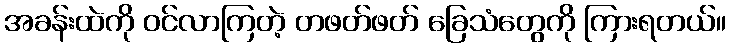
အခန်းထဲကို ဝင်လာကြတဲ့ တဖတ်ဖတ် ခြေသံတွေကို ကြားရတယ်။